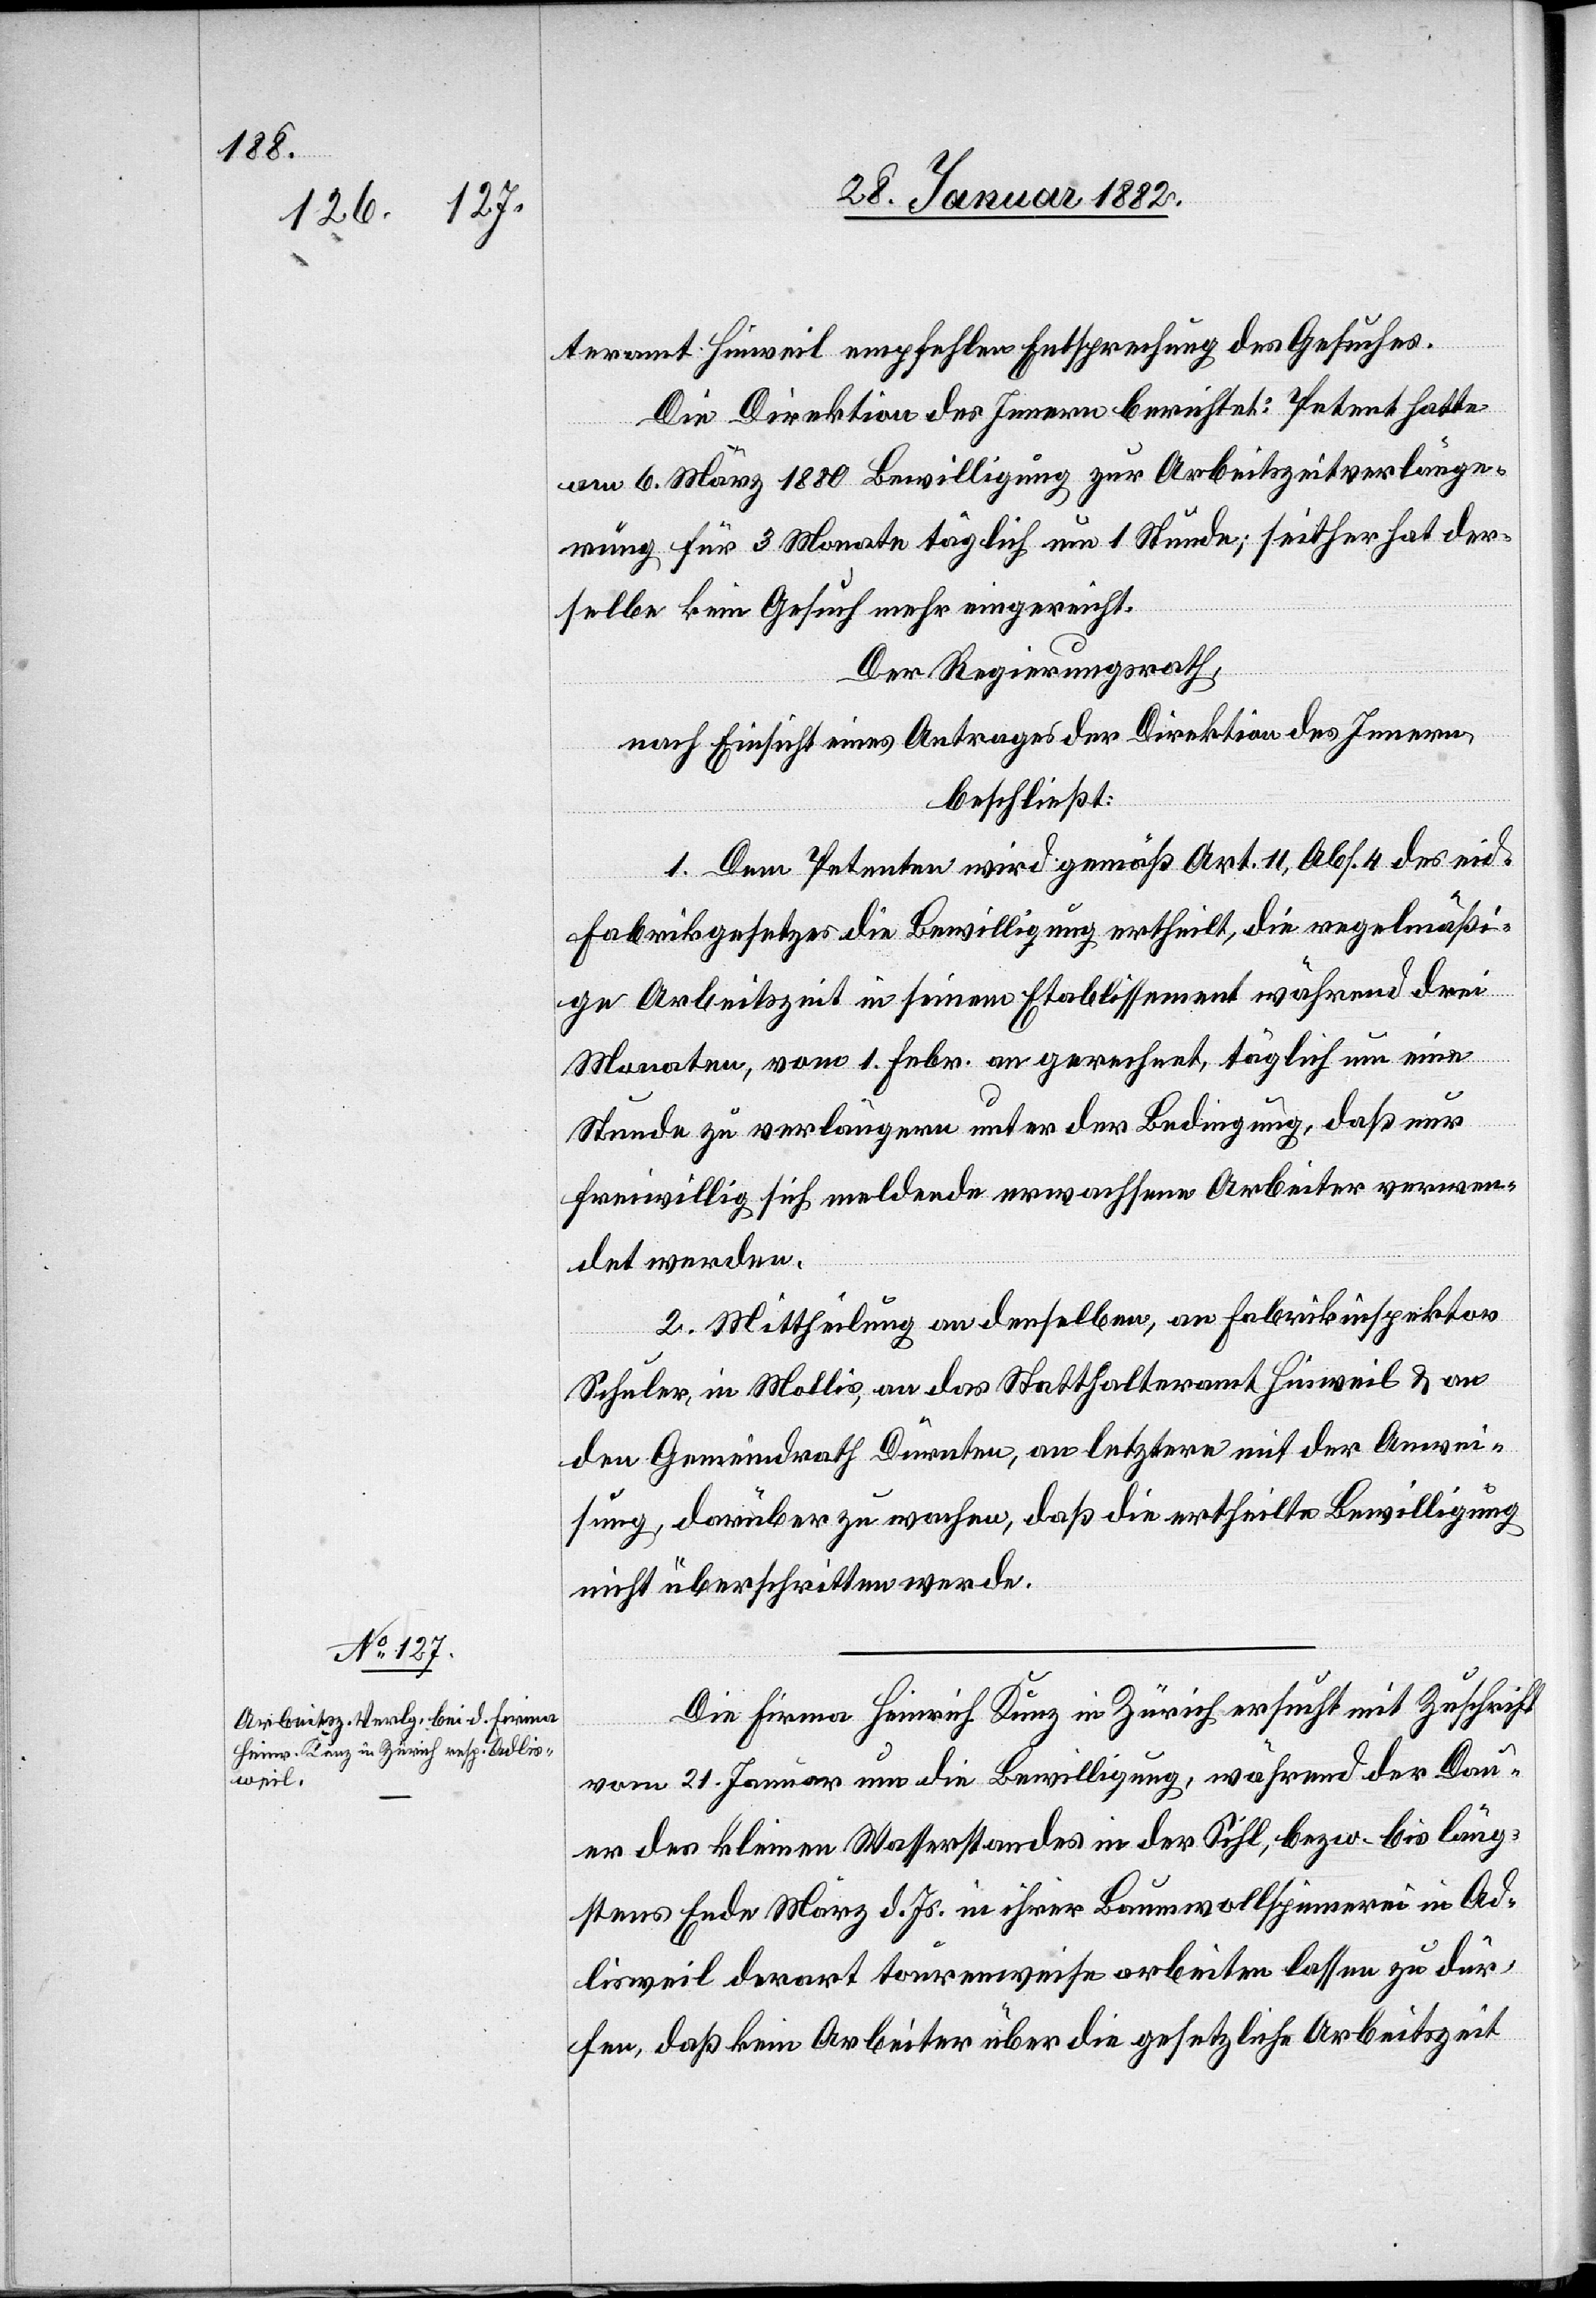
teramt Hinweil empfehlen Entsprechung des Gesuches.
Die Direktion des Innern berichtet: Petent hatte
am 6. März 1880 Bewilligung zur Arbeitszeitverlänge¬
rung für 3 Monate täglich um 1 Stunde; seither hat der¬
selbe kein Gesuch mehr eingereicht.
Der Regierungsrath,
nach Einsicht eines Antrages der Direktion des Innern,
beschließt:
1. Dem Petenten wird gemäß Art. 11, Abs. 4 des eid.
Fabrikgesetzes die Bewilligung ertheilt, die regelmäßi¬
ge Arbeitszeit in seinem Etablissement während drei
Monate, vom 1. Febr. an gerechnet, täglich um eine
Stunde zu verlängern unter der Bedingung, daß nur
freiwillig sich meldende erwachsene Arbeiter verwen¬
det werden.
2. Mittheilung an denselben, an Fabrikinspektor
Schuler, in Mollis, an das Statthalteramt Hinweil & an
den Gemeindrath Dürnten, an letztern mit der Anwei¬
sung, darüber zu wachen, daß die ertheilte Bewilligung
nicht überschritten werde.